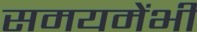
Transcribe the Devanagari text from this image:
समयमेंभी